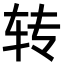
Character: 转